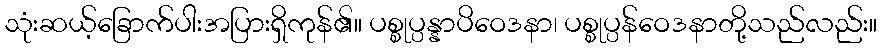
သုံးဆယ့်ခြောက်ပါးအပြားရှိကုန်၏။ ပစ္စုပ္ပန္နာပိဝေဒနာ၊ ပစ္စုပ္ပန်ဝေဒနာတို့သည်လည်း။